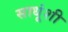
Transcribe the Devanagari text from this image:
साधूंशी